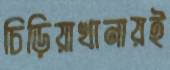
চিড়িয়াখানায়ই